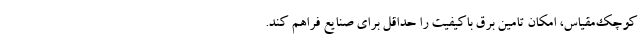
کوچک‌مقیاس، امکان تامین برق باکیفیت را حداقل برای صنایع فراهم کند.